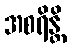
အစရိန္တိ